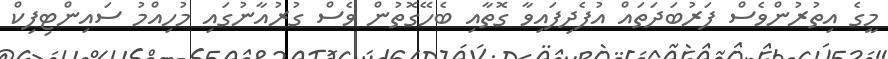
މީގެ އިތުރުންވެސް ފަރުބަދަތައް އުފެދިފައިވާ ގޮތާއި ބެހޭގޮތުން ވެސް ގުރުއާނުގައި މުހިއްމު ސައިންޓިފިކް